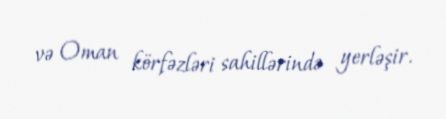
və Oman körfəzləri sahillərində yerləşir.